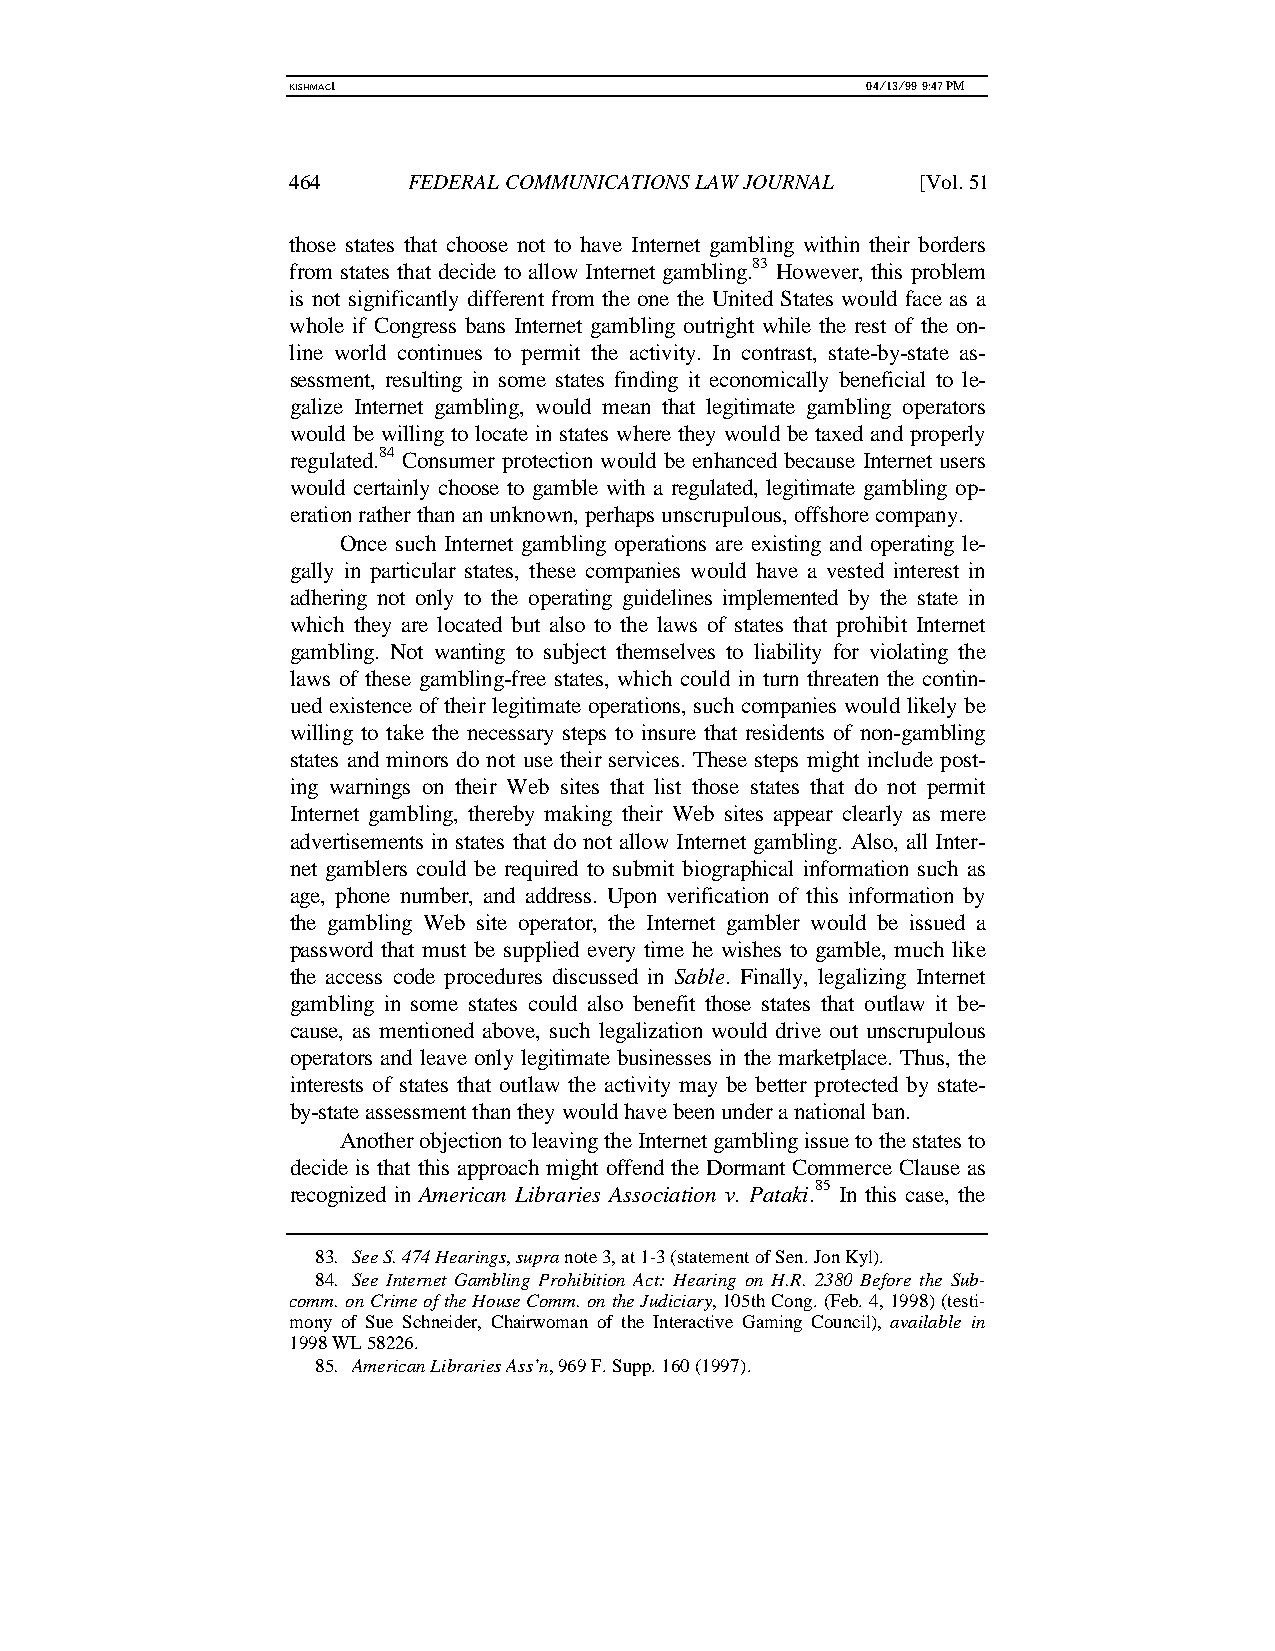
KISHMAC1                              04/13/99 9:47 PM
 464     FEDERAL COMMUNICATIONS LAW JOURNAL [Vol. 51
 those states that choose not to have Internet gambling within their borders
 from states that decide to allow Internet gambling.83 However, this problem
 is not significantly different from the one the United States would face as a
 whole if Congress bans Internet gambling outright while the rest of the on-
 line world continues to permit the activity. In contrast, state-by-state as-
 sessment, resulting in some states finding it economically beneficial to le-
 galize Internet gambling, would mean that legitimate gambling operators
 would be willing to locate in states where they would be taxed and properly
 regulated.84 Consumer protection would be enhanced because Internet users
 would certainly choose to gamble with a regulated, legitimate gambling op-
 eration rather than an unknown, perhaps unscrupulous, offshore company.
 Once such Internet gambling operations are existing and operating le-
 gally in particular states, these companies would have a vested interest in
 adhering not only to the operating guidelines implemented by the state in
 which they are located but also to the laws of states that prohibit Internet
 gambling. Not wanting to subject themselves to liability for violating the
 laws of these gambling-free states, which could in turn threaten the contin-
 ued existence of their legitimate operations, such companies would likely be
 willing to take the necessary steps to insure that residents of non-gambling
 states and minors do not use their services. These steps might include post-
 ing warnings on their Web sites that list those states that do not permit
 Internet gambling, thereby making their Web sites appear clearly as mere
 advertisements in states that do not allow Internet gambling. Also, all Inter-
 net gamblers could be required to submit biographical information such as
 age, phone number, and address. Upon verification of this information by
 the gambling Web site operator, the Internet gambler would be issued a
 password that must be supplied every time he wishes to gamble, much like
 the access code procedures discussed in Sable. Finally, legalizing Internet
 gambling in some states could also benefit those states that outlaw it be-
 cause, as mentioned above, such legalization would drive out unscrupulous
 operators and leave only legitimate businesses in the marketplace. Thus, the
 interests of states that outlaw the activity may be better protected by state-
 by-state assessment than they would have been under a national ban.
 Another objection to leaving the Internet gambling issue to the states to
 decide is that this approach might offend the Dormant Commerce Clause as
 recognized in American Libraries Association v. Pataki.85 In this case, the
 83. See S. 474 Hearings, supra note 3, at 1-3 (statement of Sen. Jon Kyl).
 84. See Internet Gambling Prohibition Act: Hearing on H.R. 2380 Before the Sub-
 comm. on Crime of the House Comm. on the Judiciary, 105th Cong. (Feb. 4, 1998) (testi-
 mony of Sue Schneider, Chairwoman of the Interactive Gaming Council), available in
 1998 WL 58226.
 85. American Libraries Ass’n, 969 F. Supp. 160 (1997).